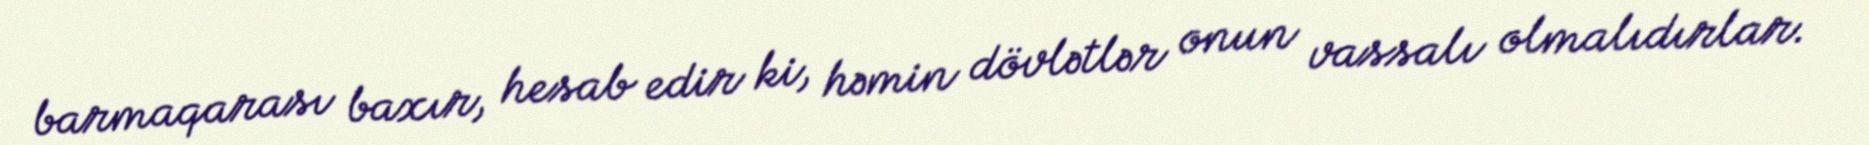
barmaqarası baxır, hesab edir ki, həmin dövlətlər onun vassalı olmalıdırlar.